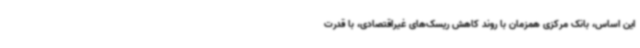
این اساس، بانک مرکزی همزمان با روند کاهش ریسک‌های غیراقتصادی، با قدرت